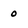
Character: 0